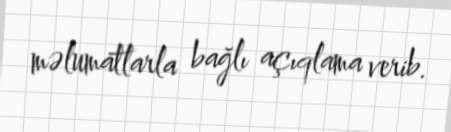
məlumatlarla bağlı açıqlama verib.